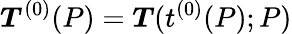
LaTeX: \boldsymbol{T}^{(0)}(P)=\boldsymbol{T}(t^{(0)}(P);P)